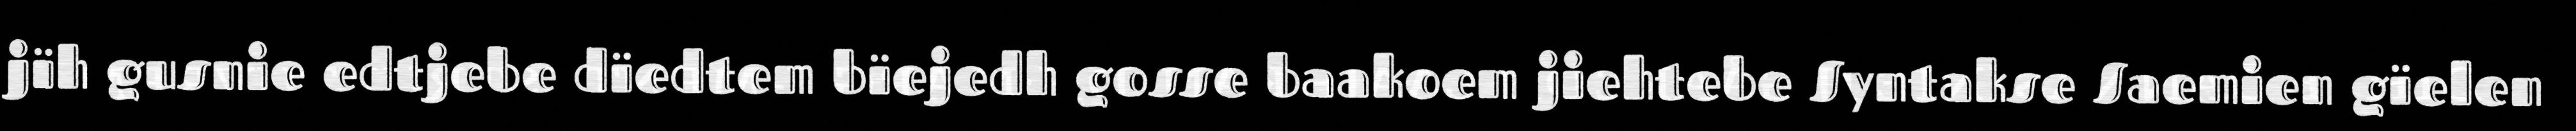
jïh gusnie edtjebe dïedtem bïejedh gosse baakoem jiehtebe Syntakse Saemien gïelen